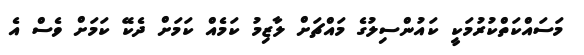
މަސައްކަތްކުރުމަކީ ކައުންސިލުގެ މައްޗަށް ލާޒިމު ކަމެއް ކަމަށް ދެކޭ ކަމަށް ވެސް އެ